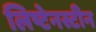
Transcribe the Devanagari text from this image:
लिष्टेनस्टीन